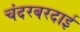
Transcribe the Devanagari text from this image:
चंदरबरदाई